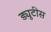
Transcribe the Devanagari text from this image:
ड्युटीस